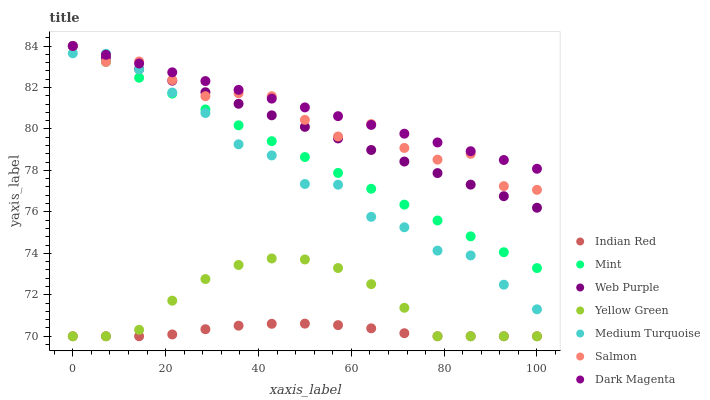
| xaxis_label | Indian Red | Mint | Web Purple | Yellow Green | Medium Turquoise | Salmon | Dark Magenta |
 | --- | --- | --- | --- | --- | --- | --- | --- |
 | 0 | 70 | 84 | 84 | 70 | 83.6 | 84 | 84 |
 | 7.14 | 70 | 83.2 | 83.4 | 70 | 83.6 | 83.2 | 83.6 |
 | 14.3 | 70 | 82.5 | 82.9 | 70.3 | 82.9 | 83.3 | 83.2 |
 | 21.4 | 70.1 | 81.7 | 82.3 | 71.7 | 81.8 | 82.4 | 82.7 |
 | 28.6 | 70.3 | 80.9 | 81.8 | 72.8 | 80.8 | 81.6 | 82.3 |
 | 35.7 | 70.5 | 80.2 | 81.2 | 73.4 | 79.3 | 81.7 | 81.9 |
 | 42.9 | 70.6 | 79.4 | 80.7 | 73.8 | 78.7 | 81.6 | 81.5 |
 | 50 | 70.6 | 78.6 | 80.1 | 73.7 | 77.3 | 80.4 | 81 |
 | 57.1 | 70.5 | 77.9 | 79.5 | 73.3 | 77.3 | 79.6 | 80.6 |
 | 64.3 | 70.4 | 77.1 | 79 | 72.5 | 75.8 | 80.2 | 80.2 |
 | 71.4 | 70.1 | 76.3 | 78.4 | 71.4 | 75.3 | 79.1 | 79.8 |
 | 78.6 | 70 | 75.6 | 77.9 | 70 | 74.1 | 78.5 | 79.3 |
 | 85.7 | 70 | 74.8 | 77.3 | 70 | 73.9 | 78.8 | 78.9 |
 | 92.9 | 70 | 74.1 | 76.8 | 70 | 72.5 | 77.2 | 78.5 |
 | 100 | 70 | 73.3 | 76.2 | 70 | 71.3 | 77.1 | 78.1 |